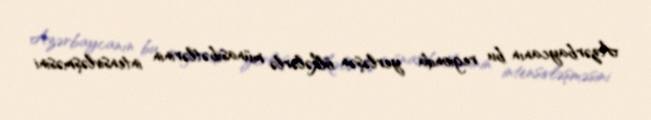
Azərbaycanın bu regionda yerləşən ölkələrlə münasibətlərinin intensivləşməsini